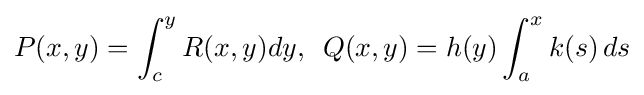
P(x,y)=\int _{c}^{y}R(x,y)dy,\,\,\,Q(x,y)=h(y)\int _{a}^{x}k(s)\,ds